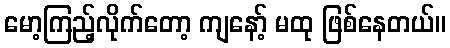
မော့ကြည့်လိုက်တော့ ကျနော့် မထု ဖြစ်နေတယ်။